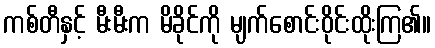
ကစ်တီနှင့် မီးမီးက မိခိုင်ကို မျက်စောင်းဝိုင်းထိုးကြ၏။